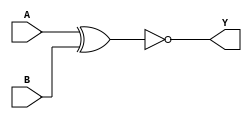
module sky130_fd_sc_lp__xnor2_7 (
    Y,
    A,
    B
);
    output Y;
    input  A;
    input  B;
    wire xnor0_out_Y;
    xnor xnor0 (xnor0_out_Y, A, B           );
    buf  buf0  (Y          , xnor0_out_Y    );
endmodule